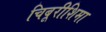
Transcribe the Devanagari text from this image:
चिबूरीशिमा